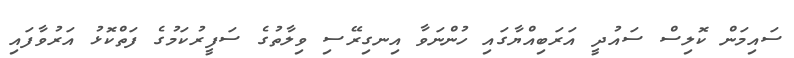
ސައިމަން ކޮލިސް ސައުދީ އަރަބިއްޔާގައި ހުންނަވާ އިނގިރޭސި ވިލާތުގެ ސަފީރުކަމުގެ ފަތްކޮޅު އަރުވާފައި